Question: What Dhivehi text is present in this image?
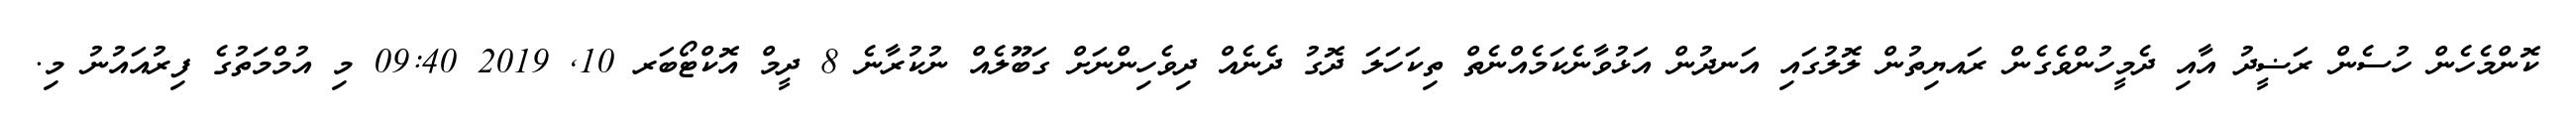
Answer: ކޮންމެހެން ހުސެން ރަޟީދު އާއި ދެމީހުންވެގެން ރައޔިތުން ލޮލުގައި އަނދުން އަޅުވާނެކަމެއްނެތް ތިކަހަލަ ދޮގު ދެނެއް ދިވެހިންނަށް ގަބޫލެއް ނުކުރާނެ 8 ދީމް އޮކްޓޯބަރ 10, 2019 09:40 މި އުމްމަތުގެ ފިރުއައުނު މި.